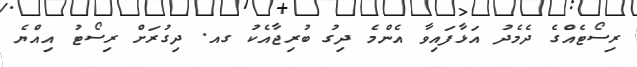
ރިސޯޓެއްގެ ދެމެދު އަޅާފައިވާ އެންމެ ދިގު ބުރިޖާއެކު ގއ. ދިގުރަށް ރިސޯޓު އިއްޔެ